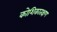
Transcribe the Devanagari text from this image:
कोशिकातक्षण